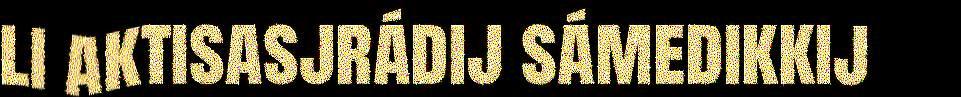
li aktisasjrádij sámedikkij